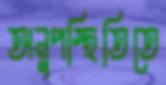
অনুপস্থিতিতে